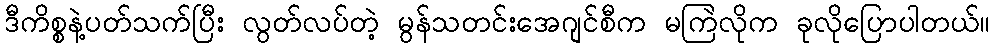
ဒီကိစ္စနဲ့ပတ်သက်ပြီး လွတ်လပ်တဲ့ မွန်သတင်းအေဂျင်စီက မကြဲလိုက ခုလိုပြောပါတယ်။